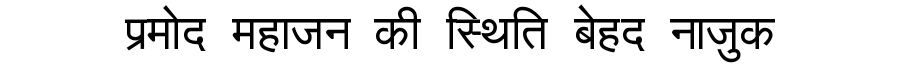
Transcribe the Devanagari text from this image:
प्रमोद महाजन की स्थिति बेहद नाजुक